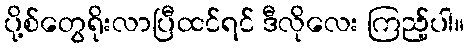
ပို့စ်တွေရိုးလာပြီထင်ရင် ဒီလိုလေး ကြည့်ပါ။